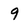
Character: 9